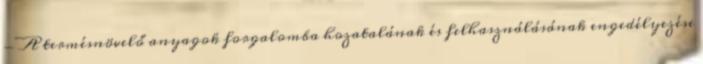
- A termésnövelő anyagok forgalomba hozatalának és felhasználásának engedélyezése